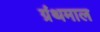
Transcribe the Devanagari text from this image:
ग्रंथमाल